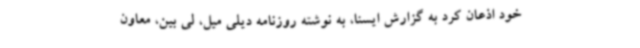
خود اذعان کرد به گزارش ایسنا، به نوشته روزنامه دیلی میل، لی بین، معاون